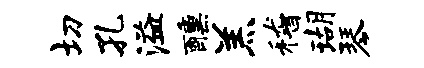
切孔溢醺羔稽瑚琴